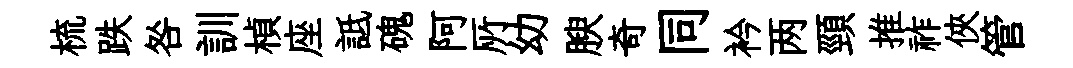
梳跌咎訓楨座詆磈阿𠩄幼腴奇同衿两頸推祚俠管